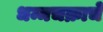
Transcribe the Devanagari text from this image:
धम्मचक्राचे